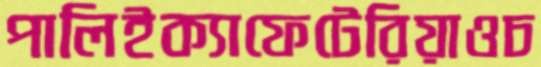
পালিইক্যাফেটেরিয়াওচ